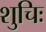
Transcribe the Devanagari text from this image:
शुचिः